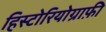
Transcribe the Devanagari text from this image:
हिस्टोरियोग्राफ़ी